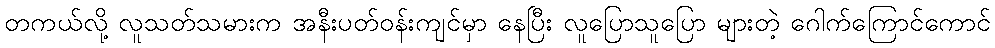
တကယ်လို့ လူသတ်သမားက အနီးပတ်ဝန်းကျင်မှာ နေပြီး လူပြောသူပြော များတဲ့ ဂေါက်ကြောင်ကောင်